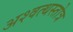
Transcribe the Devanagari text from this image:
अश्वत्थस्तोत्र